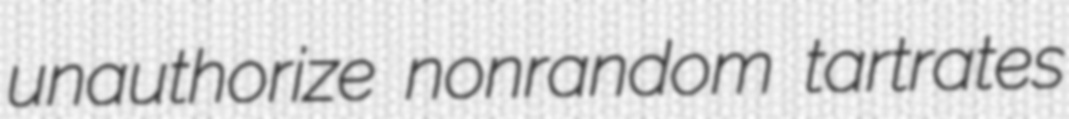
unauthorize nonrandom tartrates